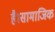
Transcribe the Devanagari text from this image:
है।सामाजिक